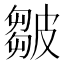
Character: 皺